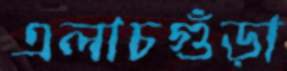
এলাচগুঁড়া